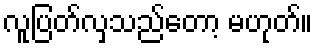
လူပြတ်လှသည်တော့ မဟုတ်။